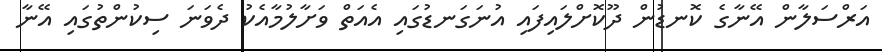
އަރްސަލާން އޭނާގެ ކޮނޑުން ދޫކޮށްލައިފައި އުނަގަނޑުގައި އެއަތް ވަށާލުމާއެކު ދެވަނަ ސިކުންތުގައި އޭނާ